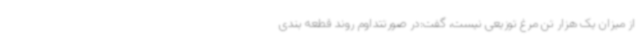
از میزان یک هزار تن مرغ توزیعی نیست، گفت:در صورتتداوم روند قطعه بندی